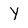
Character: y